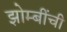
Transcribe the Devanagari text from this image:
झोम्बींची